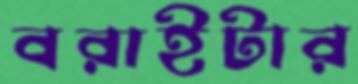
বরাইটার